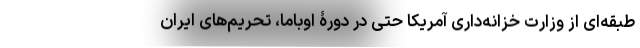
طبقه‌ای از وزارت خزانه‌داری آمریکا حتی در دورۀ اوباما، تحریم‌های ایران